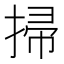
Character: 掃